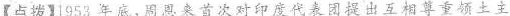
【点拨】1953年底，周恩来首次对印度代表团提出互相尊重领土主